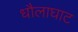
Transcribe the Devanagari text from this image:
धौलाघाट